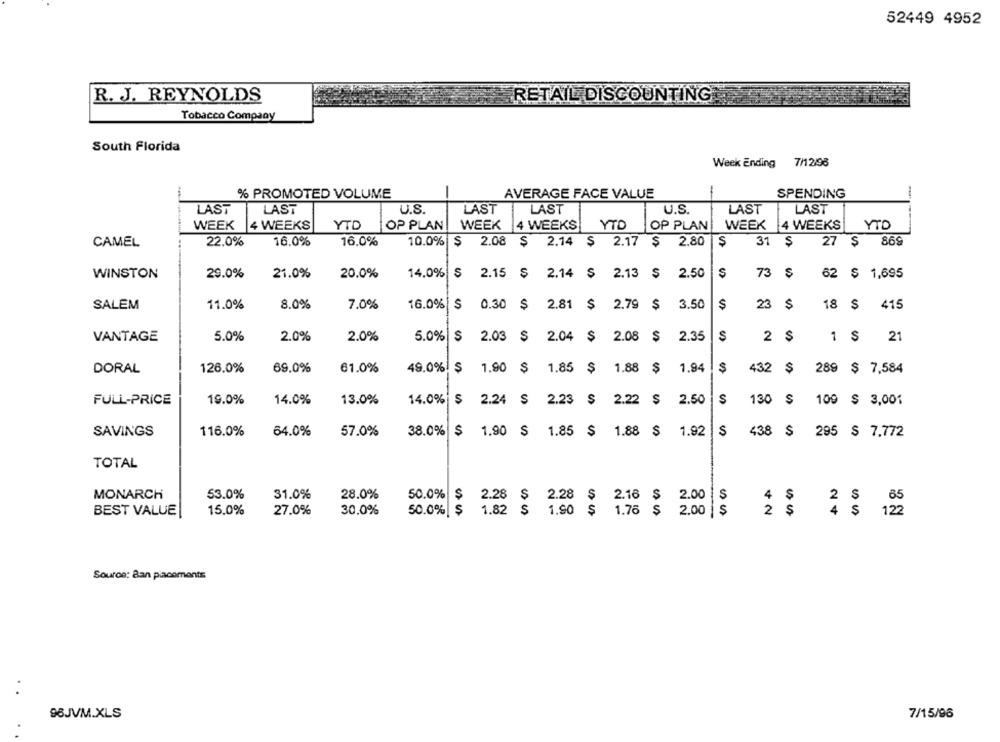
52449 4952
R. J. REYNOLDS
RETAIL DISCOUNTING
Tobacco Company
South Florida
Week Ending 7/12/98
% PROMOTED VOLUME
SPENDING
-
AVERAGE FACE VALUE
LAST
LAST
U.S.
LAST
LAST
U.S.
LAST
LAST
WEEK 4 WEEKS
YTD
OP PLAN
WEEK
4 WEEKS
YTO
OP PLAN
WEEK 4 WEEKS
YTO
CAMEL
22.0%
16.0%
16.0%
10.0%
$ 2.08 $ 2.14 $ 2.17 $ 2.80
31 $
27
27 $
869
WINSTON
29.0%
21.0%
20.0%
14,0% $
2.15 $ 2.14 $ 2.13 $ 2.50
S
73 $
62 $ 1,695
11.0%
8.0%
7.0%
23 $
23
SALEM
16.0% S
0.30 $ 2.81 $ 2.79 $ 3.50
$
18
415
VANTAGE
5.0%
2.0%
2.0%
5.0%
$
2.03 $ 2.04 $ 2.08 $ 2.35
2
$
1 $
21
DORAL
126.0%
69.0%
61.0%
49.0%. $ 1.90 $ 1.85 $ 1.88 $ 1.94
$
S
432
$
289 $ 7,584
FULL-PRICE
19.0%
14.0%
13.0%
14.0%
S
2.24 S
2.23
$ 2.22 $ 2.50
S
130 $
100
$ 3,001
38.0%
S
438
$
SAVINGS
116.0%
64.0%
57.0%
$ 1.90 $
1.85 $ 1.88 $ 1.92
295 $ 7,772
TOTAL
MONARCH
53.0%
31.0%
28.0%
50.0%
S
2.28 $ 2.28 $
2.00
S
$
4
2 $ 65
BEST VALUE
15.0%
27.0%
30.0%
50.0% $
1.82
S
1.90 $ 1.76 $
2.00 | $
2 $
4 $ 122
Source: Ban placements
98JVM.XLS
7/15/96